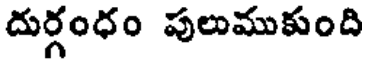
దుర్గంధం పులుముకుంది